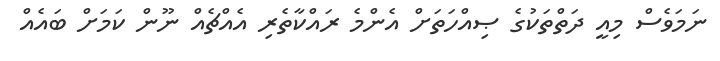
ނަމަވެސް މިއީ ދަތްތަކުގެ ޞިއްހަތަށް އެންމެ ރައްކާތެރި އެއްޗެއް ނޫން ކަމަށް ބައެއް